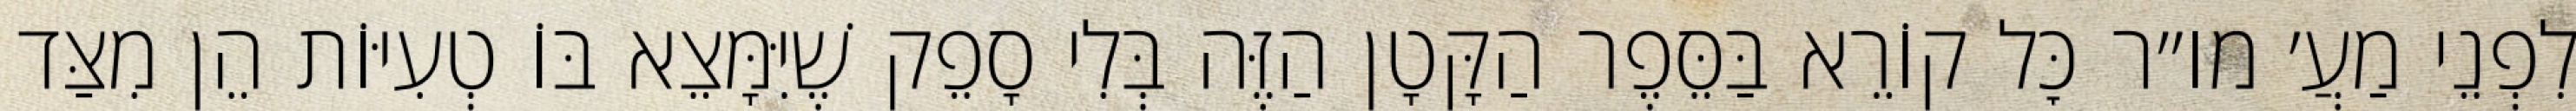
לִפְנֵי מַעֲ׳ מו״ר כׇּל קוֹרֵא בַּסֵּפֶר הַקָּטָן הַזֶּה בְּלִי סָפֵק שֶׁיִּמָּצֵא בּוֹ טְעִיּוֹת הֵן מִצַּד